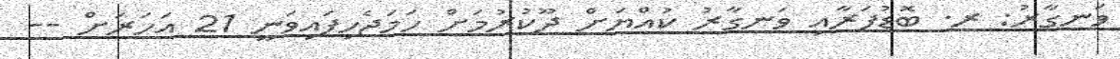
ވަނގާރު: ރ. ބޮޑުފަރާއި ވަނގާރު ކުއްޔަށް ދޫކުރުމަށް ހަމަޖެހިފައިވަނީ 21 އަހަރަށް --